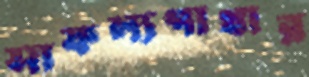
সাফল্যগাথার